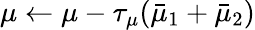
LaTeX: \mu\leftarrow\mu-\tau_{\mu}(\bar{\mu}_{1}+\bar{\mu}_{2})